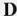
D